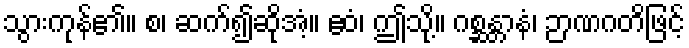
သွားကုန်၏။ စ၊ ဆက်၍ဆိုအံ့။ ဧဝံ၊ ဤသို့။ ဂစ္ဆန္တာနံ၊ ဉာဏဂတိဖြင့်